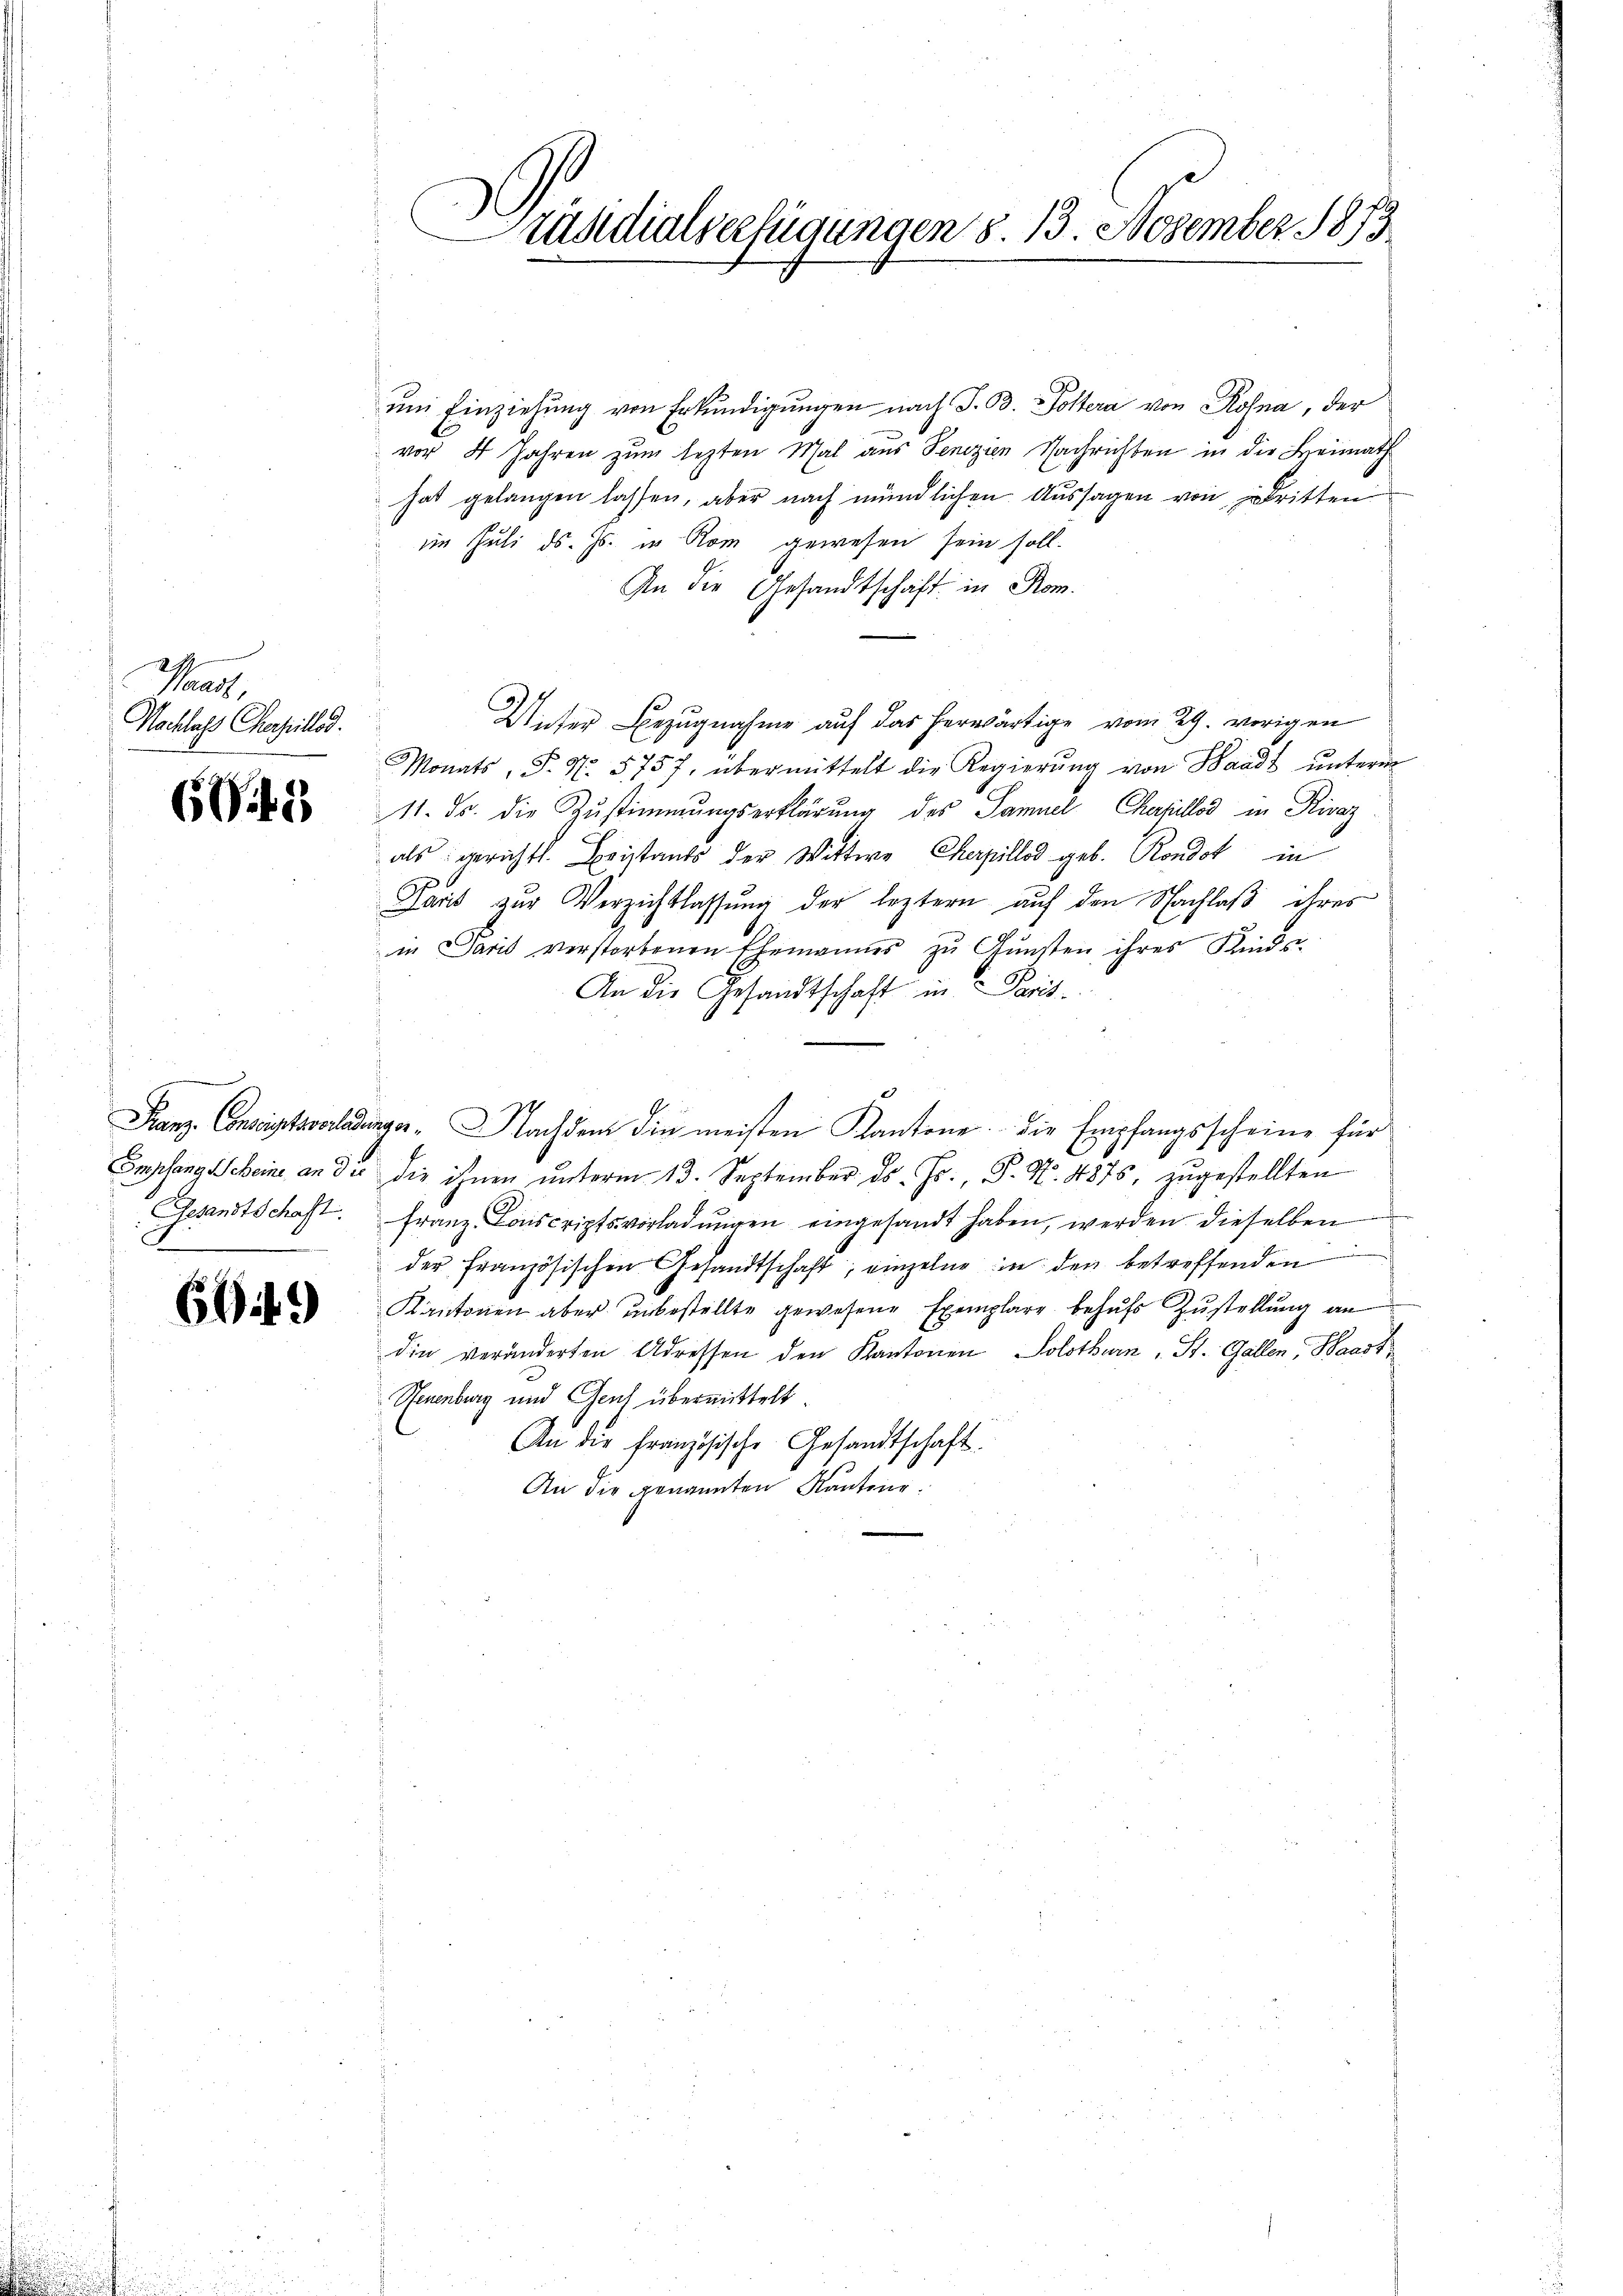
Theat
Nachlass Chorille.

6045

Gesandtschaft.

6649

Präsidialverfügungen 8. 13. November 1873

um Einziehung von Erkundigungen nach J. B. Poltera von Rohna, der
vor 4 Jahren zum lezten Mal aus Senizien Nachrichten in die Heimath
hat gelangen lassen, aber nach mündlichen Aussagen von dritten
im Juli d. Js. in Rom gewesen sein soll.
An die Gesandtschaft in Rom.
Unser Bezugnahme auf das herwärtige vom 29. vorigen
Monats, S. N. 5757, übermittelt die Regierŭng von Waadt ŭnterm
11. ds. die Zustimmungserklärung des Samuel Chapüllod in Rivaz
alsgericht. Beistands der Wittwe Cherpillod geb. Rondat in
Paris zur Verzichtlassung der leztern auf den Nachlaß ihres
in Paris verstorbenen Ehemannes zu Gunsten ihres Kinds
An die Gesandtschaft in Paris-
Franz. Conseitsverladunger. Nachdem die meisten Kantone. Die Empfangsscheine für
Empfang Scheine an die die ihnen unterm 13. September ds. Js., P. Nr. 4875, zugestellten
Franz-Conscriptsvorladungen eingesandt haben, werden dieselben
der französischen Gesandtschaft; einzelne in den betreffenden
Kantonen aber unbestellte gewesene Exemplare behufs Zustellung an
die veränderten Adressen den Kantonen Solothurn, St. Gallen, Waadt
Neuenburg und Genf übermittelt.
An die französische Gesandtschaft.
An die genannten Kantone.